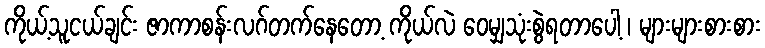
ကိုယ့်သူငယ်ချင်း ဇာကာစန်းလဂ်တက်နေတော့ ကိုယ်လဲ ဝေမျှသုံးစွဲရတာပေါ့ ၊ များများစားစား